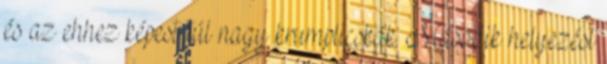
és az ehhez képest túl nagy krumplicskák. Második helyezést